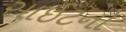
સાઈટનો